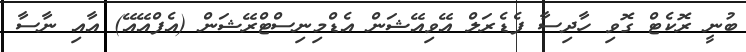
ބުނީ ރޮކެޓް ގޮވި ހާދިސާ ފެޑެރަލް އޭވިއޭޝަން އެޑްމިނިސްޓްރޭޝަން (އެފްއޭއޭ) އާއި ނާސާ